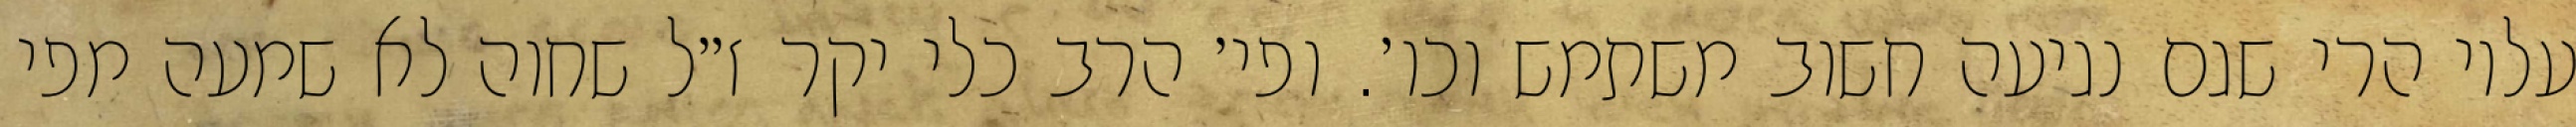
עליו הרי שגם נגיעה חשוב משתמש וכו׳. ופי׳ הרב כלי יקר ז״ל שחוה לא שמעה מפי